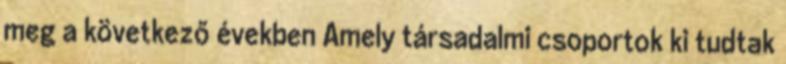
meg a következő években Amely társadalmi csoportok ki tudtak